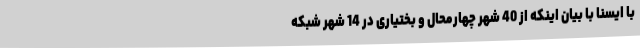
با ایسنا با بیان اینکه از 40 شهر چهارمحال و بختیاری در 14 شهر شبکه